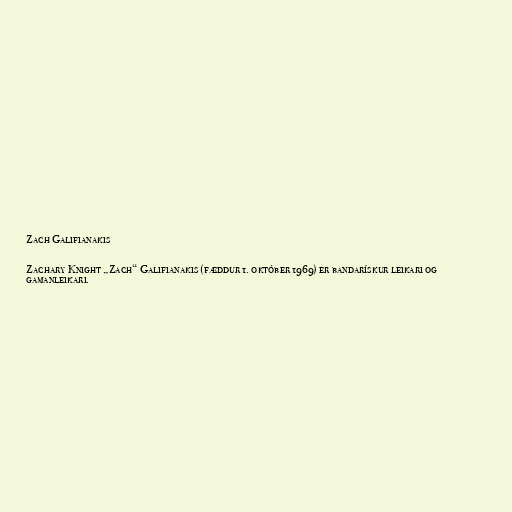
Zach Galifianakis

Zachary Knight „Zach“ Galifianakis (fæddur 1. október 1969) er bandarískur leikari og
gamanleikari.